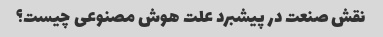
نقش صنعت در پیشبرد علت هوش مصنوعی چیست؟